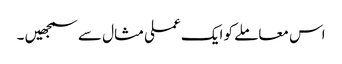
اس معاملے کو ایک عملی مثال سے سمجھیں ۔